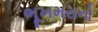
ભૂખમરાનો